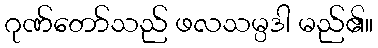
ဂုဏ်တော်သည် ဖလသမ္ပဒါ မည်၏။